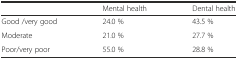
|  | Mental health | Dental health |
 | --- | --- | --- |
 | Good /very good | 24.0 % | 43.5 % |
 | Moderate | 21.0 % | 27.7 % |
 | Poor/very poor | 55.0 % | 28.8 % |